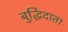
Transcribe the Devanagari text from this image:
बुद्धिदाता